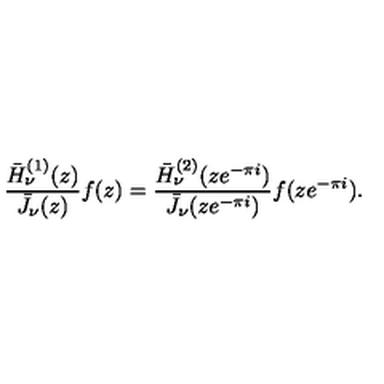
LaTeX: \frac { \bar { H } _ { \nu } ^ { ( 1 ) } ( z ) } { \bar { J } _ { \nu } ( z ) } f ( z ) = \frac { \bar { H } _ { \nu } ^ { ( 2 ) } ( z e ^ { - \pi i } ) } { \bar { J } _ { \nu } ( z e ^ { - \pi i } ) } f ( z e ^ { - \pi i } ) .